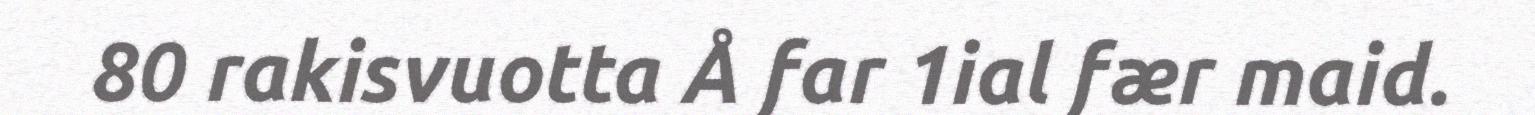
80 rakisvuotta Å far 1ial fær maid.